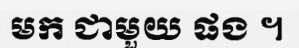
មក ជាមួយ ផង ។